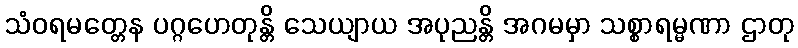
သံဝရမတ္တေန ပဂ္ဂဟေတုန္တိ သေယျာယ အပုညန္တိ အဂမမှာ သစ္စာရမ္မဏာ ဌာတု